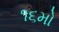
૧૬મો